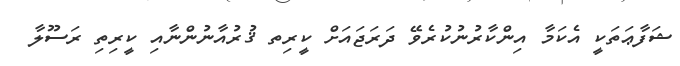
ޝަފާޢަތަކީ އެކަމާ އިންކާރުނުކުރެވޭ ދަރަޖައަށް ކީރިތ ޤުރުއާނުންނާއި ކީރިތި ރަސޫލާ